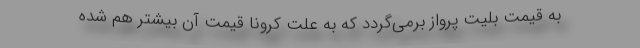
به قیمت بلیت پرواز برمی‌گردد که به علت کرونا قیمت آن بیشتر هم شده